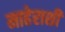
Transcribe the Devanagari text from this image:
माहेराशी